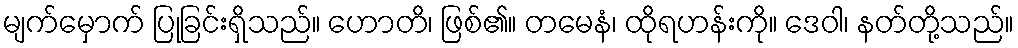
မျက်မှောက် ပြုခြင်းရှိသည်။ ဟောတိ၊ ဖြစ်၏။ တမေနံ၊ ထိုရဟန်းကို။ ဒေဝါ၊ နတ်တို့သည်။